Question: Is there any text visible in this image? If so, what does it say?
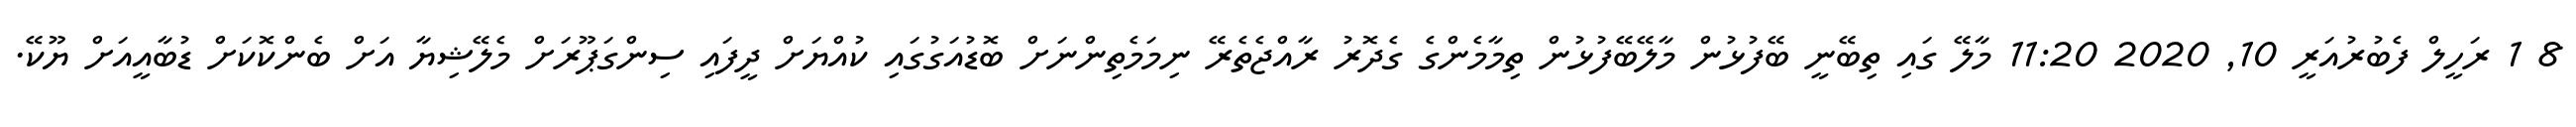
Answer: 8 1 ރަހީލް ފެބުރުއަރީ 10, 2020 11:20 މާލޭ ގައި ތިބޭނީ ބޭފުޅުން މާލޭބޭފުޅުން ތިމާމެންގެ ގެދޮރު ރާއްޖެތެރޭ ނިމަމެތިންނަށް ބޮޑުއަގުގައި ކުއްޔަށް ދީފައި ސިންގަޕޫރަށް މެލޭޝިޔާ އަށް ބެންކޮކަށް ޑުބާއީއަށް ޔޫކޭ.